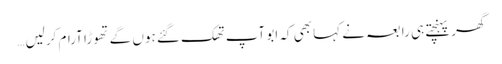
گھر پہنچتے ہی رابعہ نے کہا بھی کہ ابو آپ تھک گئے ہوں گے تھوڑا آرام کرلیں …